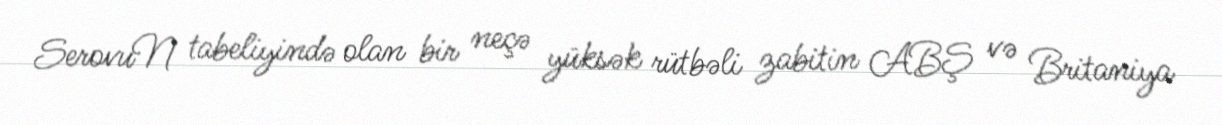
SerovuN tabeliyində olan bir neçə yüksək rütbəli zabitin ABŞ və Britaniya